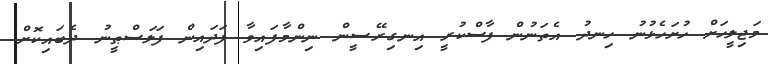
މަޖިލީހަށް ހުށަހެޅުނު ހިނދު އެތަނުން ފާސްކުރީ އިނގިރޭސީން ނިންމާފައިވާ ފަދައިން ފަލަސްޠީނު ދެބައިކޮށް